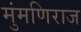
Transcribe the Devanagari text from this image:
मुंमणिराज